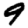
Digit: 9